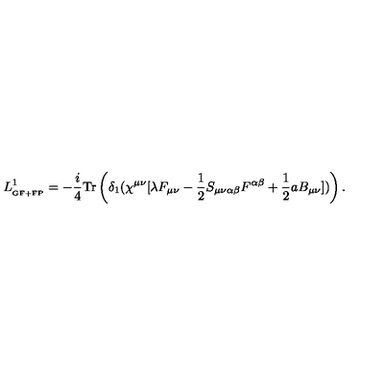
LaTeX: L _ { _ { \mathrm { G F + F P } } } ^ { 1 } = - \frac { i } { 4 } \mathrm { T r } \left( \delta _ { 1 } ( \chi ^ { \mu \nu } [ \lambda F _ { \mu \nu } - \frac { 1 } { 2 } S _ { \mu \nu \alpha \beta } F ^ { \alpha \beta } + \frac { 1 } { 2 } a B _ { \mu \nu } ] ) \right) .